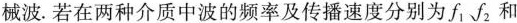
械波.若在两种介质中波的频率及传播速度分别为f_{1}、f_{2}和